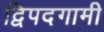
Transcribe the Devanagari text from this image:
द्विपदगामी